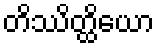
တိဿိတ္ထိယော